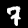
Label: 7